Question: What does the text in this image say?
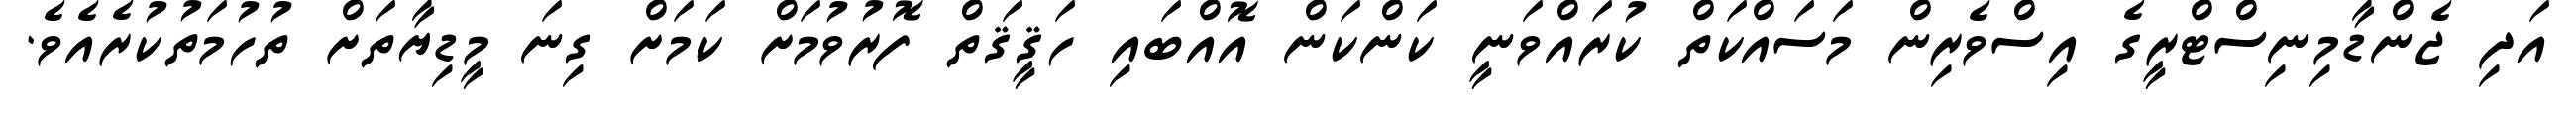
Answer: އަދި ޖެންޑާމިނިސްޓްރީގެ އިސްވެރިން މަސައްކަތް ކުރައްވަނީ ކަންކަން އޮއްބައި ހަޤީޤަތް ފޮރުވުމަށް ކަމަށް ގިނަ މީޑިޔާތަށް ތުހުމަތުކުރެއެވެ.